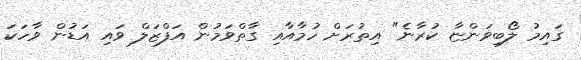
ގައިމު ލޯބިވަންޏާ ކުރާނެ" އިތުރަށް ހުމާއާއި ގާތްވަމުން އަފްޒަލް ވައި އަޑުން ވާހަކަ